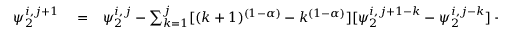
\begin{array} { r l r } { \psi _ { 2 } ^ { i , j + 1 } } & { { } = } & { \psi _ { 2 } ^ { i , j } - \sum _ { k = 1 } ^ { j } [ ( k + 1 ) ^ { ( 1 - \alpha ) } - k ^ { ( 1 - \alpha ) } ] [ \psi _ { 2 } ^ { i , j + 1 - k } - \psi _ { 2 } ^ { i , j - k } ] + i ^ { - \alpha } \beta _ { \alpha , \mu } ( V _ { 2 } ^ { j } \psi _ { 1 } ^ { i , j } + V _ { 2 } ^ { j + 1 } \psi _ { 1 } ^ { i , j + 1 } ) } \end{array}